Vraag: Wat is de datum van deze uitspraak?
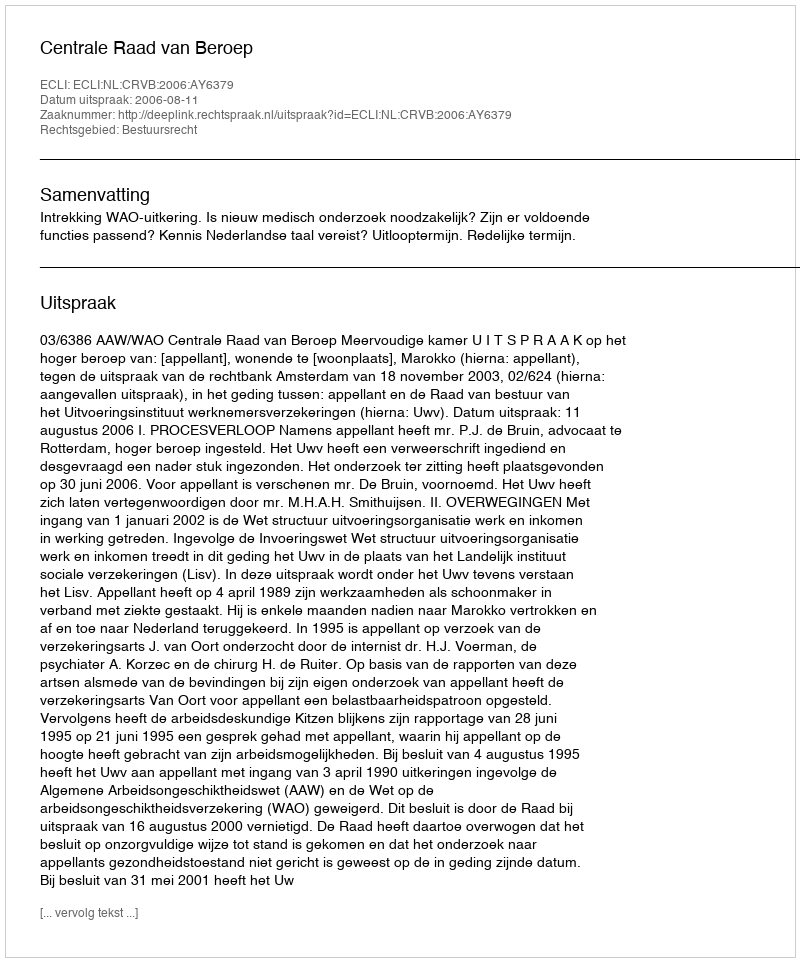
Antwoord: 2006-08-11